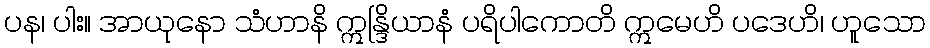
ပန၊ ပါး။ အာယုနော သံဟာနိ ဣန္ဒြိယာနံ ပရိပါကောတိ ဣမေဟိ ပဒေဟိ၊ ဟူသော